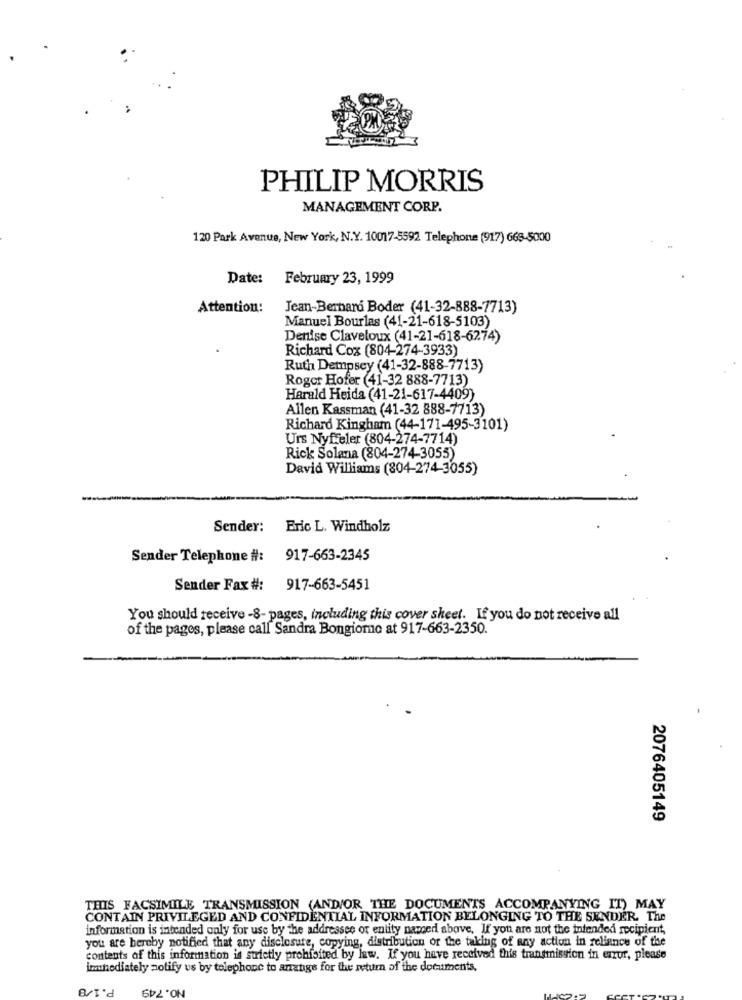
PHILIP MORRIS
MANAGEMENT CORP.
120 Park Avenue, New York, N.Y. 10017-5592 Telephone (917) 665-$000
Date:
February 23, 1999
Attention:
Jean-Bernard Boder (41-32-888-7713)
Manuel Bourlas (41-21-618-5103)
Denise Claveloux (41-21-618-6274)
Richard Cox (804-274-3933)
Ruth Dempsey (41-32-888-7713)
Roger Hofer (41-32 888-7713)
Harald Heida (41-21-617-4409)
Allen Kassman (41-32 888-7713)
Richard Kingham (44-171-495-3101)
Urs Nyfeler (804-274-7714)
Rick Solana (804-274-3055)
David Williams (804-274-3055)
Sender: Eric L. Windholz
Sender Telephone #:
917-663-2345
Sender Fax #:
917-663-5451
You should receive -8- pages, including this cover sheet. If you do not receive all
of the pages, please call Sandra Bongiome at 917-663-2350.
2076405149
THIS FACSIMILE TRANSMISSION (AND/OR THE DOCUMENTS ACCOMPANYING IT) MAY
CONTAIN PRIVILEGED AND CONFIDENTIAL INFORMATION BELONGING TO THE SENDER. The
information is intended only for use by the addressee or entity named above. If you are not the intended recipient,
you are hereby notified that any disclosure, copying, distribution or the taking of any action in reliance of tie
contents of this information is strictly prohibited by law. If you have received this transmission in error, please
imhediately notify us by telephone to anatige for the return of the documents.
P.1/8
NO.749